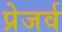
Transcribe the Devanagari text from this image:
प्रेजर्व